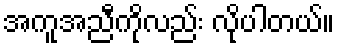
အကူအညီကိုလည်း လိုပါတယ်။